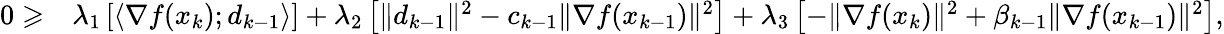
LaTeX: \begin{array}{rl}{0\geqslant}&{\lambda_{1}\left[\langle\nabla f(x_{k});d_{k-1}\rangle\right]+\lambda_{2}\left[\| d_{k-1}\| ^{2}-c_{k-1}\| \nabla f(x_{k-1})\| ^{2}\right]+\lambda_{3}\left[-\| \nabla f(x_{k})\| ^{2}+\beta_{k-1}\| \nabla f(x_{k-1})\| ^{2}\right],}\end{array}